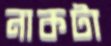
নাকটা